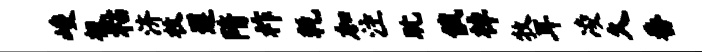
峻极粘济枚遵隋祚乾加注耽俄棹牧耳凌久番